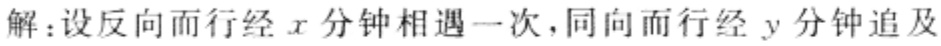
解：设反向而行经\(x\)分钟相遇一次，同向而行经\(y\)分钟追及